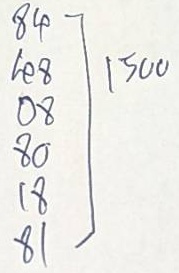
84 - 1500
48 - 1500
08 - 1500
80 - 1500
18 - 1500
81 - 1500